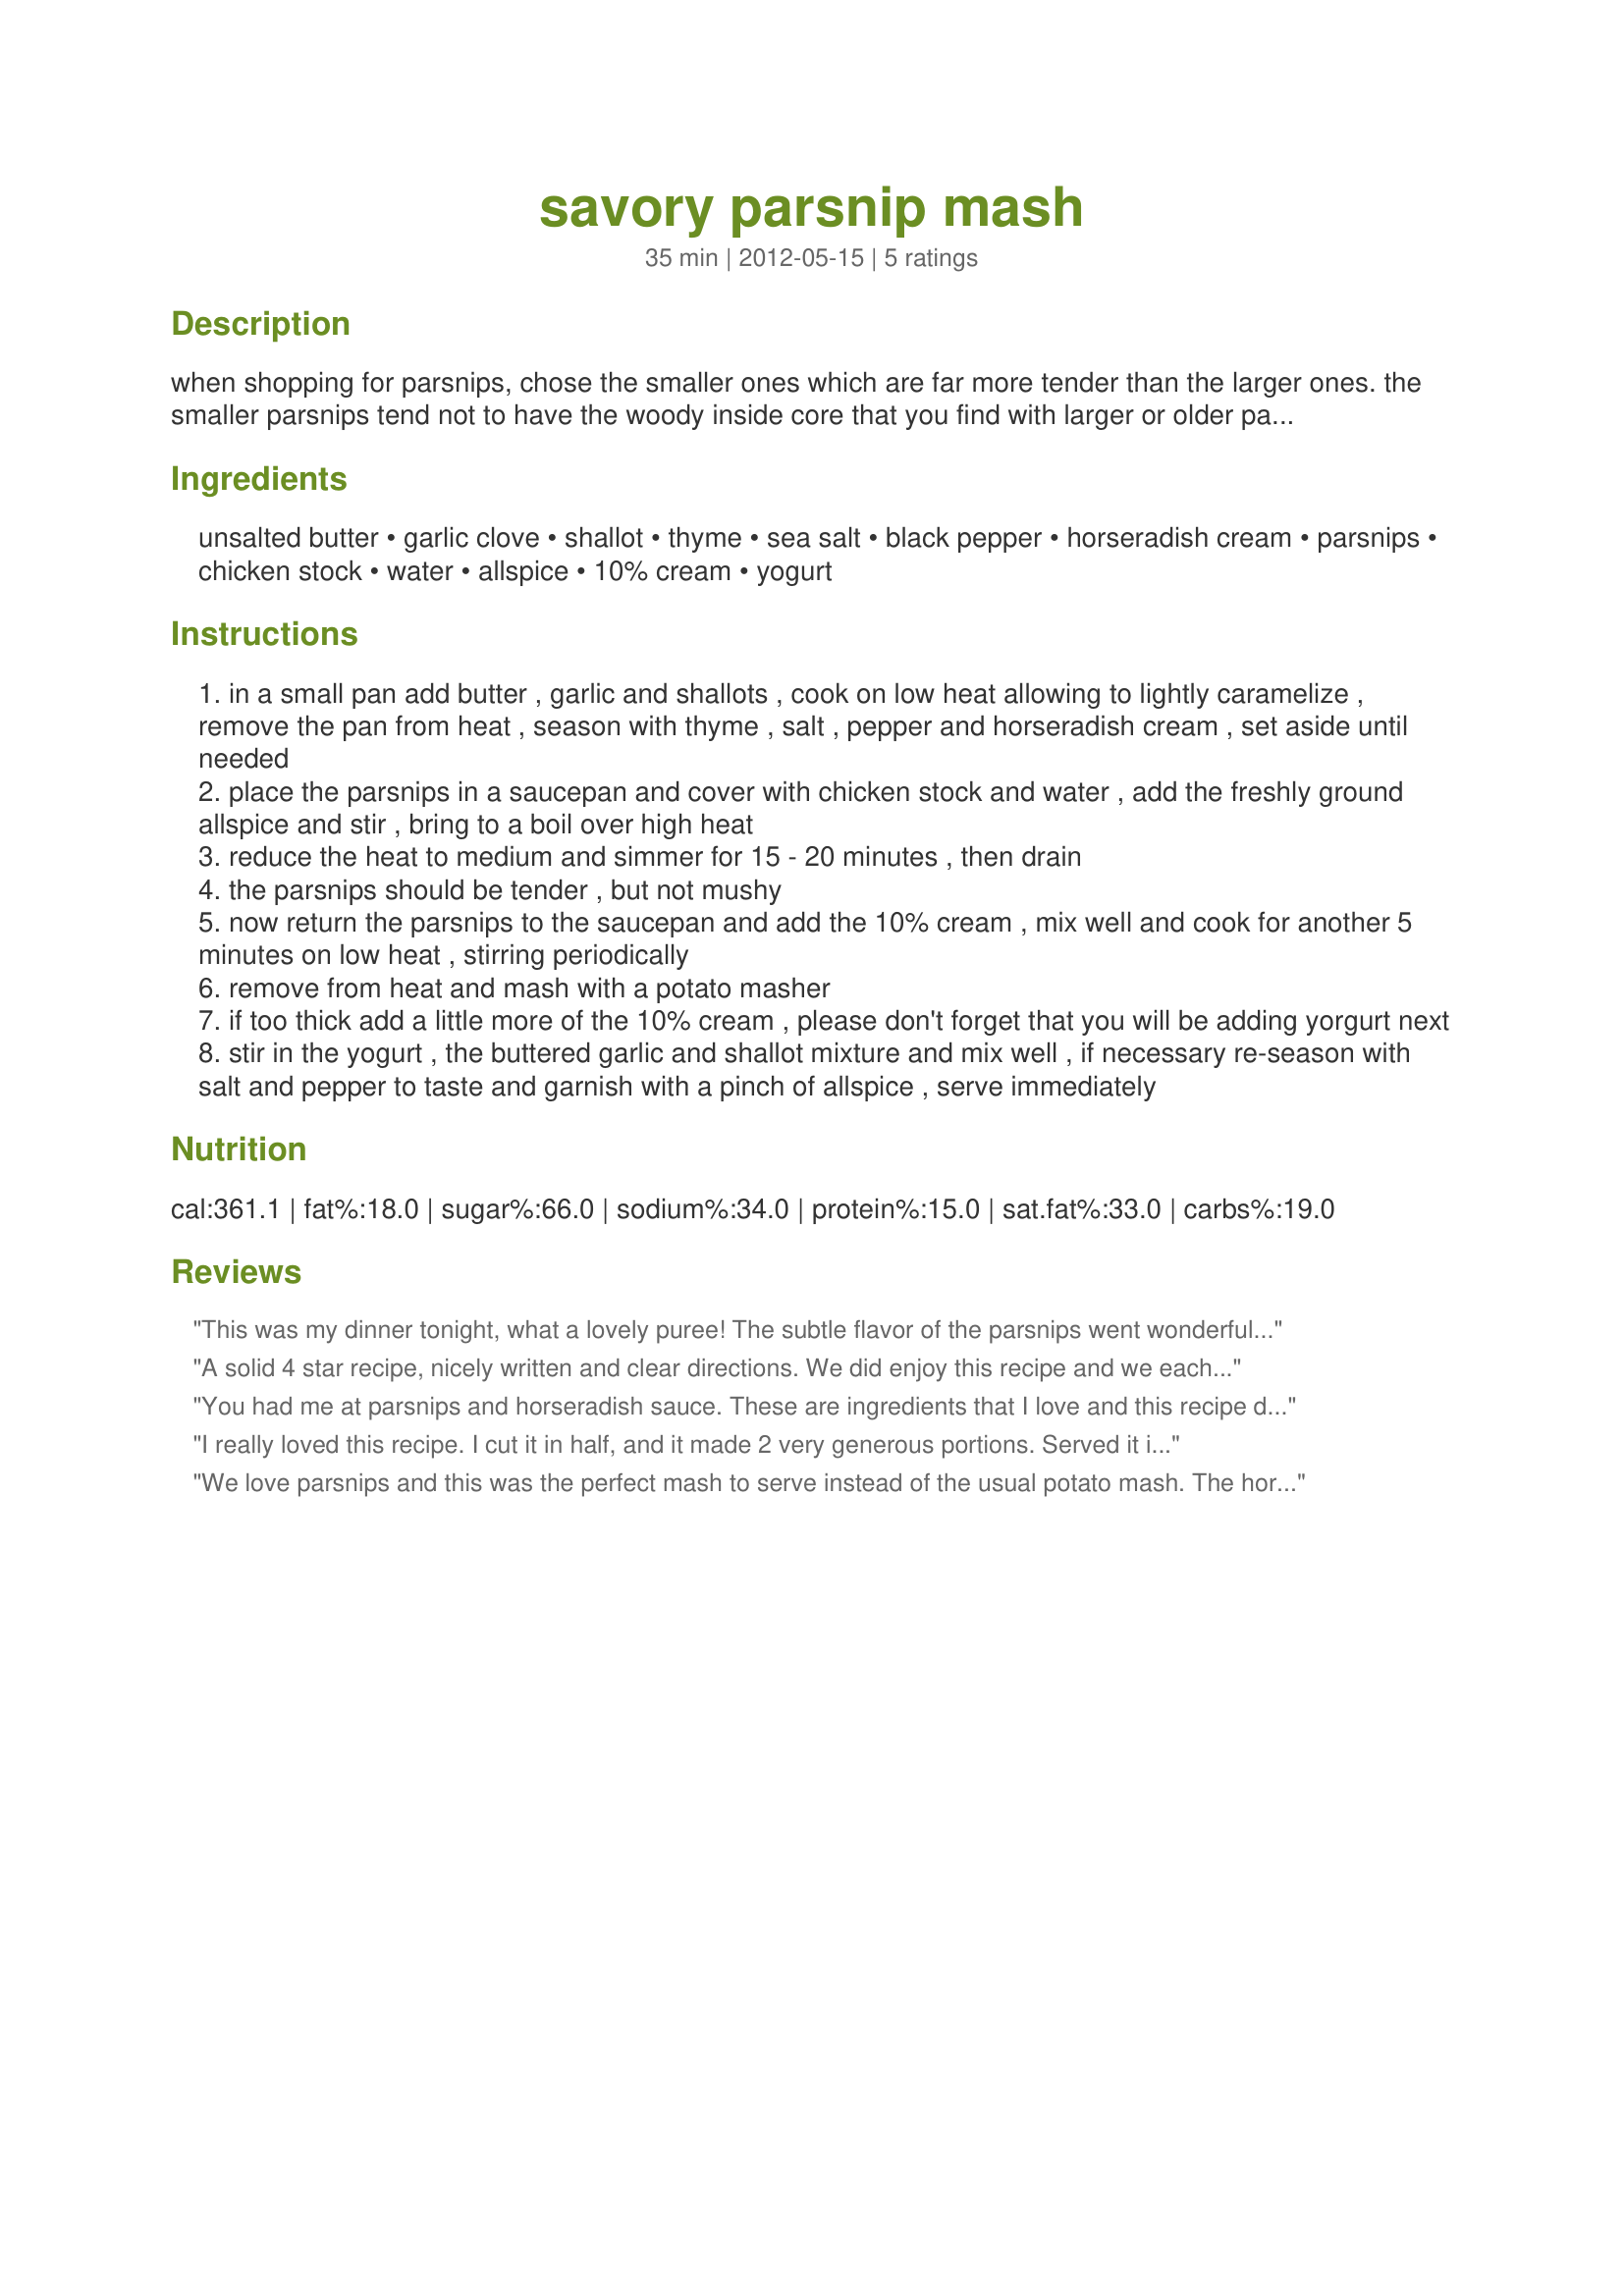
savory parsnip mash
Preparation time: 35 minutes

when shopping for parsnips, chose the smaller ones which are far more tender than the larger ones.
the smaller parsnips tend not to have the woody inside core that you find with larger or older parsnips.
this savory dish is a nice alternative to mashed potatoes and it is the perfect side for most meats.

Ingredients:
unsalted butter, garlic clove, shallot, thyme, sea salt, black pepper, horseradish cream, parsnips, chicken stock, water, allspice, 10% cream, yogurt

Steps:
in a small pan add butter , garlic and shallots , cook on low heat allowing to lightly caramelize , remove the pan from heat , season with thyme , salt , pepper and horseradish cream , set aside until needed
place the parsnips in a saucepan and cover with chicken stock and water , add the freshly ground allspice and stir , bring to a boil over high heat
reduce the heat to medium and simmer for 15 - 20 minutes , then drain
the parsnips should be tender , but not mushy
now return the parsnips to the saucepan and add the 10% cream , mix well and cook for another 5 minutes on low heat , stirring periodically
remove from heat and mash with a potato masher
if too thick add a little more of the 10% cream , please don't forget that you will be adding yorgurt next
stir in the yogurt , the buttered garlic and shallot mixture and mix well , if necessary re-season with salt and pepper to taste and garnish with a pinch of allspice , serve immediately

Reviews:
This was my dinner tonight, what a lovely puree! The subtle flavor of the parsnips went wonderfully with the shallot - garlic butter and the horse radish gave it that extra kick. I sprinkled it with chives and served it as a side to pan fried tilapia, delicious!<br/>I will make this again! Made and reviewed for RSC Potion # 18.
A solid 4 star recipe, nicely written and clear directions. We did enjoy this recipe and we each had a serving, though the horseradish was a bit overpowering. Seeing we wanted to have it again the next night, I did repeat this though I took the horseradish down to 1 tablespoon, and that fit our taste much better. On the good side, the 1 tablespoon and garlic powder gave it a nice subtle kick, and the addition of parsnips was a nice touch. Good luck in the contest. Made for RSC 18.
You had me at parsnips and horseradish sauce. These are ingredients that I love and this recipe did not disappoint. I made half a batch and have to admit to making a big change. Life has been hectic at our house and I haven't been on top of the fridge contents. So my cream and yogurt were both write-offs (a little furry). So I subbed with a dollop of sour cream and a splash of milk. This worked well and was a good reminder that most recipes are forgiving. Served with a beef casserole. Reading other reviews, I see that this was an entry in a Ready Set Cook competition. Not knowing what the core ingredients were, I still think this is an excellent use of what was on offer.
I really loved this recipe. I cut it in half, and it made 2 very generous portions. Served it instead of potatoes with our leftover turkey dinner. The garlic, shallots and horseradish cream went perfectly with the sweet parsnips. Parsnips isn't something I make very often, but with this recipe there is no excuse not to. Good luck, and thanks for your contribution to the RSC Potion #18 Contest
We love parsnips and this was the perfect mash to serve instead of the usual potato mash. The horseradish gave it a kick and the garlic made it very flavourful. Served it with poached cod and a green salad.<br/>Well done!<br/>Made for RSC Potion #18 Game.
